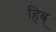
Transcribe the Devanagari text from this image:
हिब्